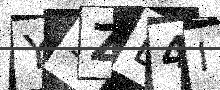
Text: Y9ZD4I